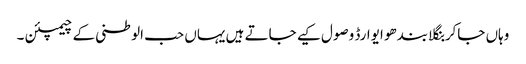
وہاں جاکر بنگلا بندھو ایوارڈ وصول کیے جاتے ہیں یہاں حب الوطنی کے چیمپئن ۔